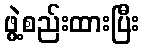
ဖွဲ့စည်းထားပြီး